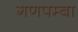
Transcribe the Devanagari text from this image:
गणपम्बा